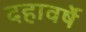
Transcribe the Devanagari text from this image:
दहावर्षे